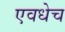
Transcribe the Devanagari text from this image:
एवधेच